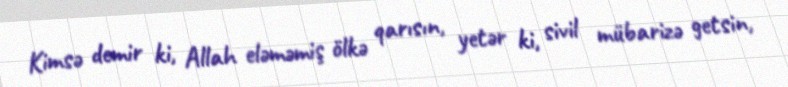
Kimsə demir ki, Allah eləməmiş ölkə qarısın, yetər ki, sivil mübarizə getsin,